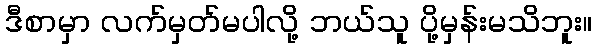
ဒီစာမှာ လက်မှတ်မပါလို့ ဘယ်သူ ပို့မှန်းမသိဘူး။